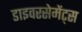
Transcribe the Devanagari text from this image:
डाइवरसेमेंट्स